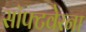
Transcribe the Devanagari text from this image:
सॉफ्टवेरना